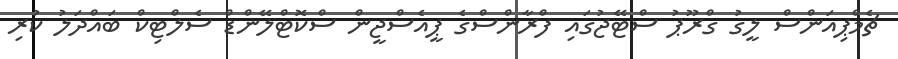
ޗެމްޕިއަންސް ލީގު ގްރޫޕު ސްޓޭޖުގައި ފްރާންސްގެ ޕީއެސްޖީން ސްކޮޓްލޭންޑް ސެލްޓިކް ބައްދަލު ކުރި